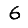
Digit: 6